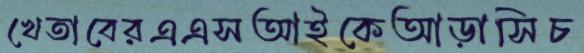
খেতাবেরএএসআইকেআড়াসিচ